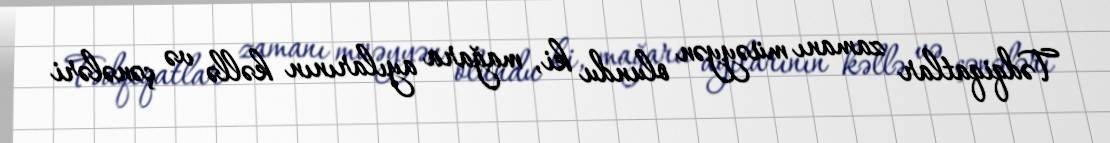
Tədqiqatlar zamanı müəyyən olundu ki, mağara ayılarının kəllə və çənələri